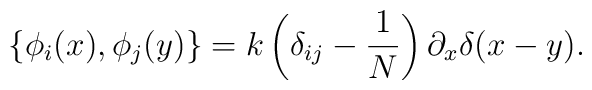
\left\{ \phi _i(x),\phi _j(y)\right\} =k\left( \delta_{ij}-\frac{1}{N}\right) \partial _x\delta (x-y).